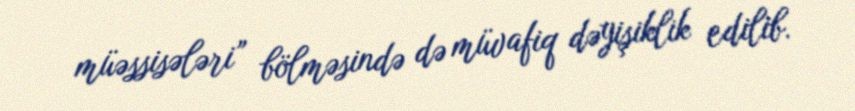
müəssisələri” bölməsində də müvafiq dəyişiklik edilib.